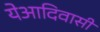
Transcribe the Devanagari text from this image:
येआदिवासी